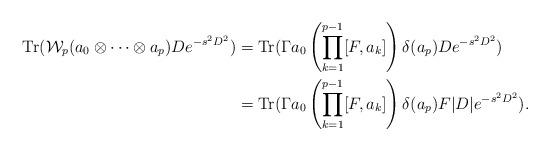
LaTeX: \begin{align*} \mathrm{Tr}(\mathcal{W}_p(a_0\otimes\cdots\otimes a_p)De^{-s^2D^2}) &= \mathrm{Tr}(\Gamma a_0\left(\prod_{k=1}^{p-1}[F,a_k]\right)\delta(a_p)De^{-s^2D^2})\\ &= \mathrm{Tr}(\Gamma a_0\left(\prod_{k=1}^{p-1}[F,a_k]\right)\delta(a_p)F|D|e^{-s^2D^2}). \end{align*}